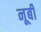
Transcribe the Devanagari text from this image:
नूबी